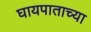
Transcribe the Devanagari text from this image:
घायपाताच्या